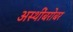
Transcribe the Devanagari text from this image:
अस्थींबरोबर